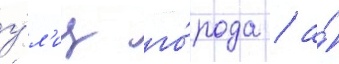
у́л'иц го́рода / а́